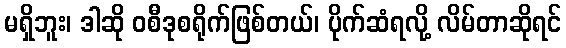
မရှိဘူး၊ ဒါဆို ဝစီဒုစရိုက်ဖြစ်တယ်၊ ပိုက်ဆံရလို့ လိမ်တာဆိုရင်